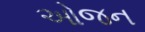
ઓજન